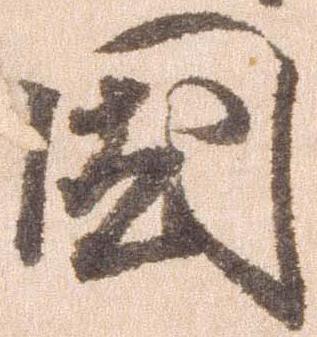
国